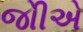
જોીએ